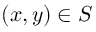
( x , y ) \in S